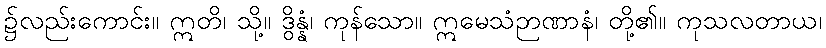
၌လည်းကောင်း။ ဣတိ၊ သို့။ ဒွိန္နံ၊ ကုန်သော။ ဣမေသံဉာဏာနံ၊ တို့၏။ ကုသလတာယ၊